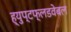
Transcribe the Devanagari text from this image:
ह्युप्टफ्लडवेबल